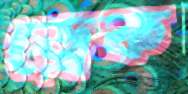
ড্রেক